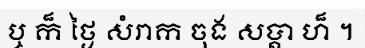
ឬ ក៏ ថ្ងៃ សំរាក ចុង សប្តា ហ៏ ។